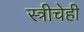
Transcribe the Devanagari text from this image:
स्त्रीचेही